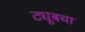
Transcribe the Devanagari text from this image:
ट्यूबचा